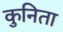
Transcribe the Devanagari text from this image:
कुनिता